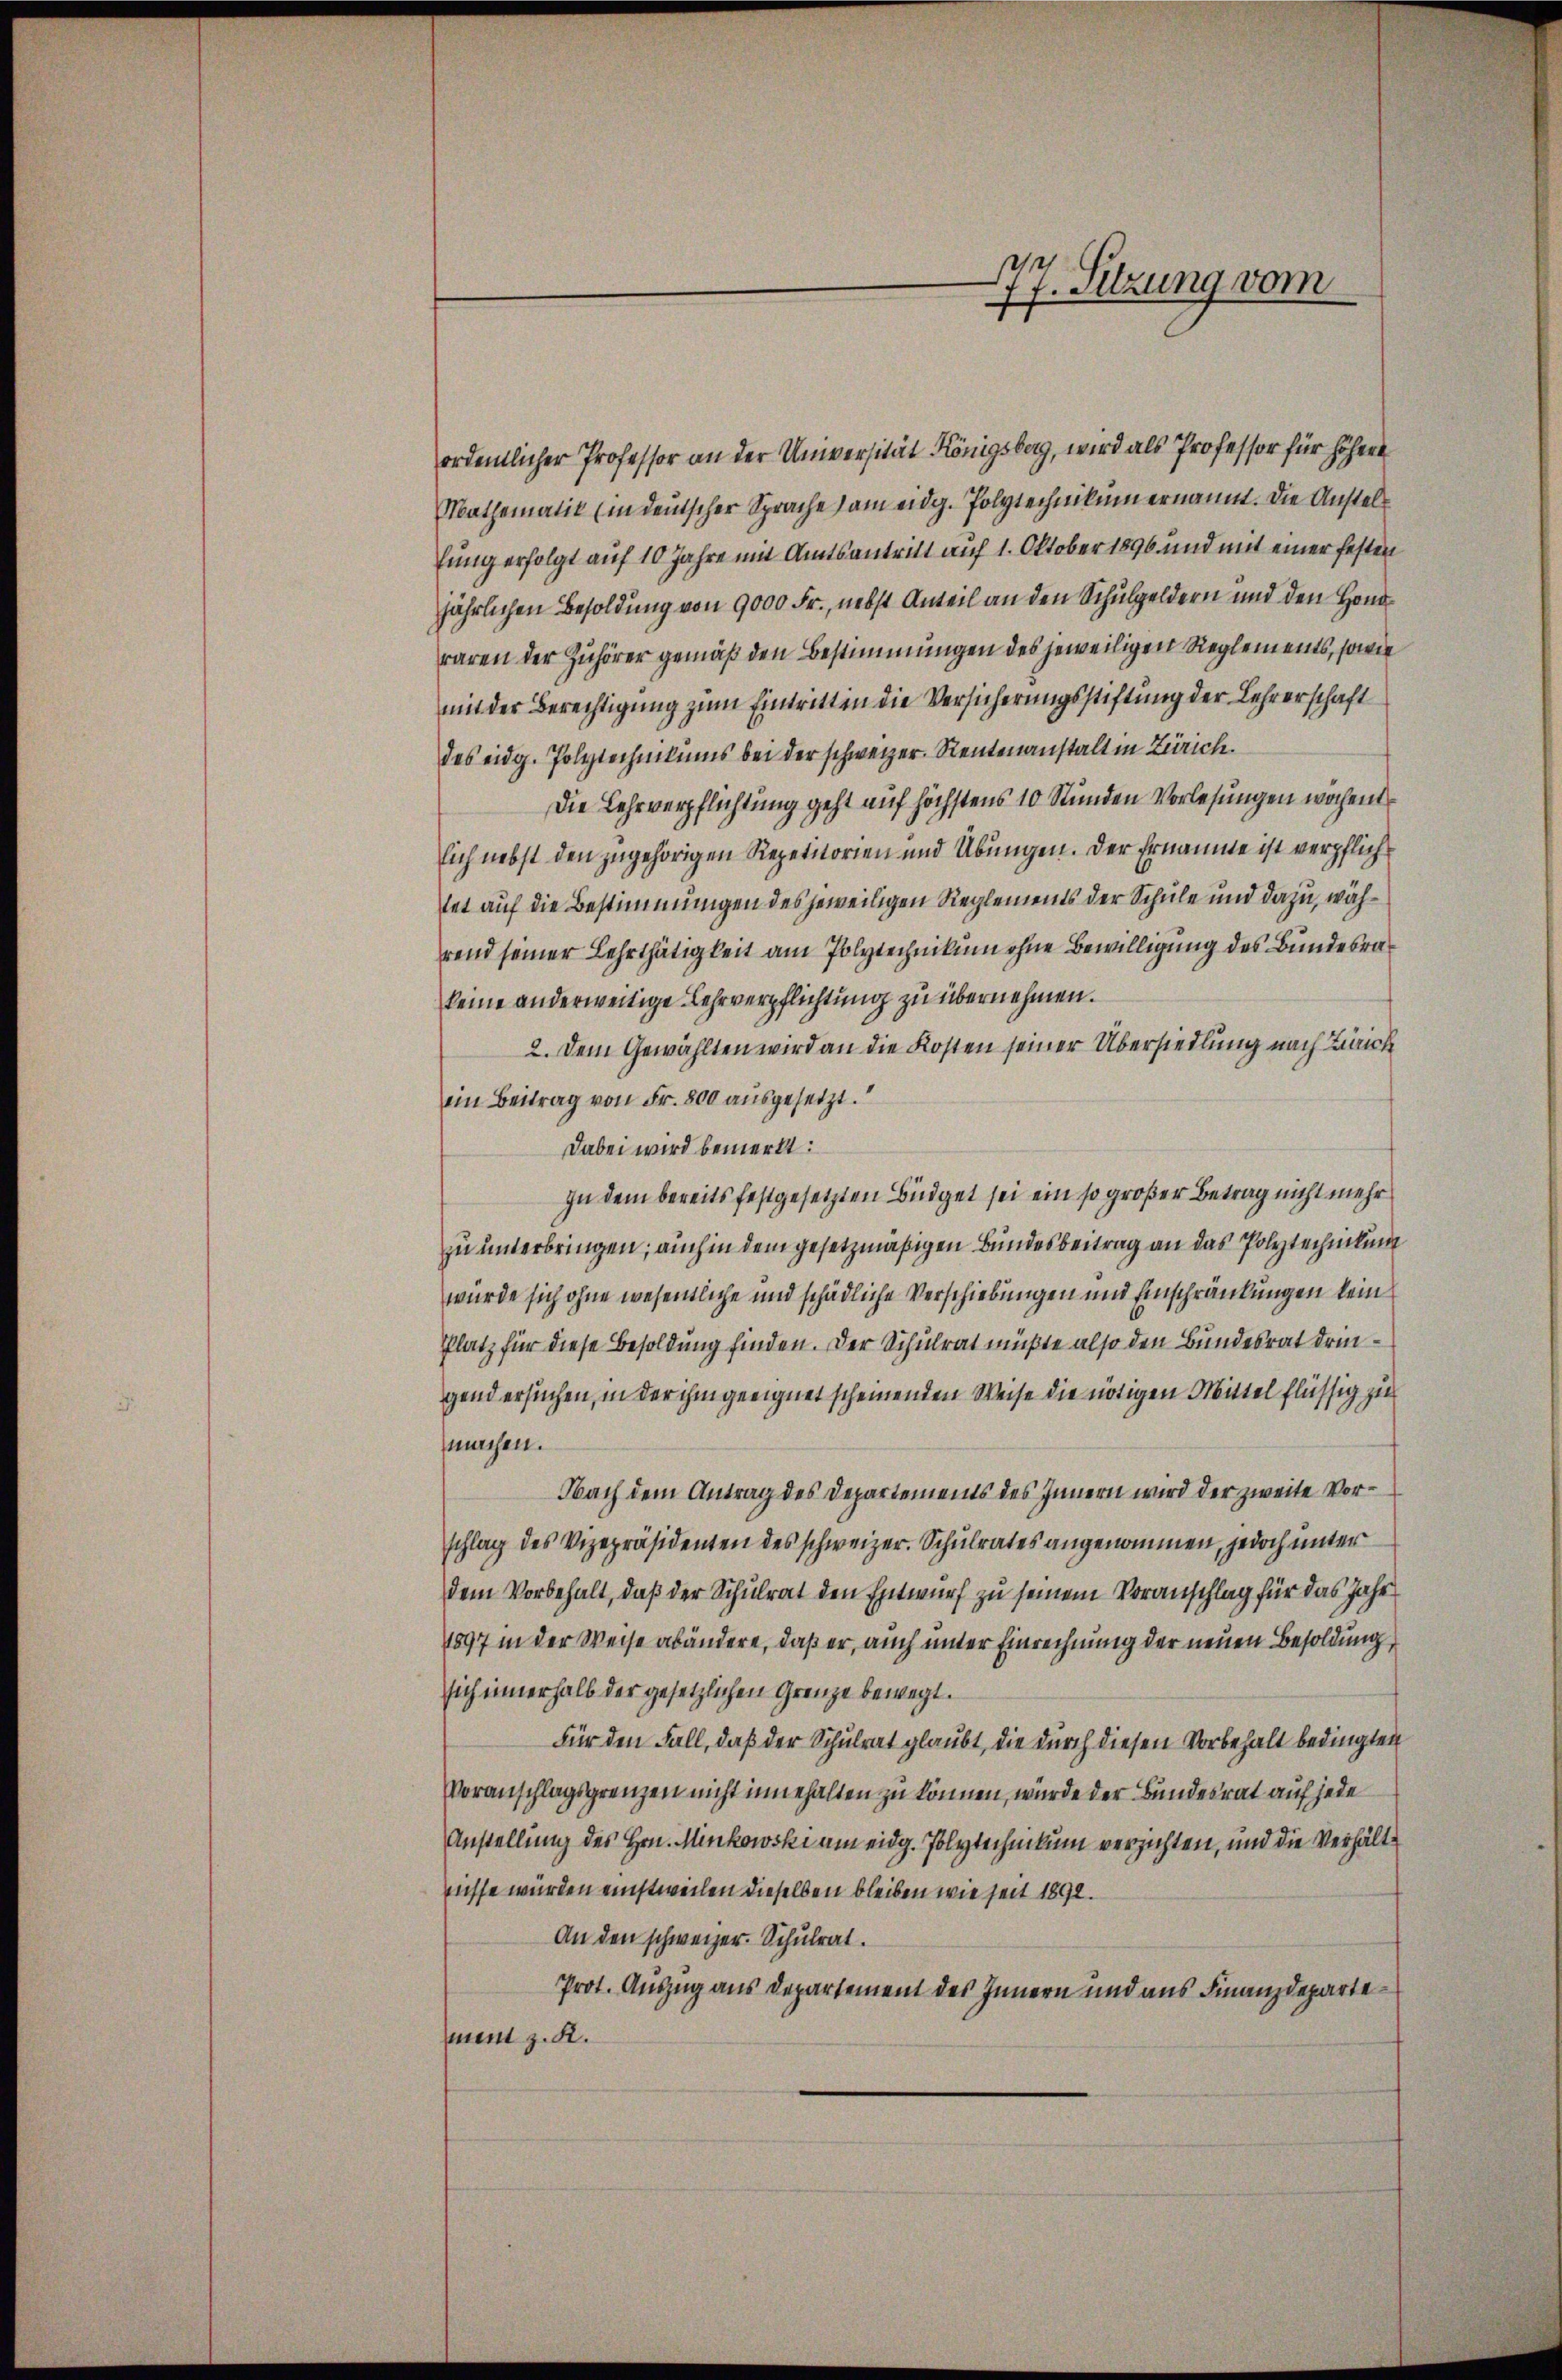
77. Sitzung vom

ordentlicher Professor an der Universität Königsberg, wird als Professor für höhere
Mathematik (in deutscher Sprache am eidg. Polytechnikum ernannt. Die Anstelfung erfolgt auf 10 Jahre mit Amtsantritt auf 1. Oktober 1896 und mit einer festen
jährlichen Besoldung von 9000 Fr., nebst Anteil an den Schulgeldern und den Handraren der Zuhörer gemäß den Bestimmungen des jeweiligen Reglements, sowie
mit der Berechtigung zum Eintritten die Versicherungsstiftung der Lehrerschaft
des eidg. Polytechnikums bei der schweizer. Rentenanstalt in Zürich.
Die Lehrverpflichtung geht auf höchstens 10 Stunden Vorlesungen wöchend
lich nebst den zugehörigen Repetitorien und Übungen. Der Ernäume ist verpflichtet auf die Bestimmungen des jeweiligen Reglements der Schule und dazu, während seiner Lehrthätigkeit am Polytechnikum ohne Bewilligung des Bundesrakeine anderweitige Lehrverpflichtung zu übernehmen.
2. Dem Gewählten wird an die Kosten seiner Übersiedlung nach Zürich
ein Beitrag von Fr. 800 ausgesetzt.
Dabei wird bemerkt:
In dem bereits festgesetzten Büdget sei ein so großer Betrag nicht mehr
zu unterbringen; auch in dem gesetzmäßigen Bundesbeitrag an das Polytechnikung
wurde sich ohne wesentliche und schädliche Verschiebungen und Einschränkungen kein
Platz für diese Besoldung finden. Der Schulrat müßte also den Bundesrat dringend ersuchen, in der ihm geeignet scheinenden Weise die nötigen Mittel flüssig zu
machen.
Nach dem Antrag des Departements des Innern wird der zweite Vorschlag des Vizepräsidenten des schweizer. Schulrates angenommen, jedoch unter
dem Vorbehalt, daß der Schulrat den Entwurf zu seinem Voranschlag für das Jahr
1897 in der Weise abändere, daß er, auch unter Einrechnung der neuen Besoldung
sich innerhalb der gesetzlichen Grenze bewegt.
Für den Fall, daß der Schulrat glaubt, die durch diesen Vorbehalt bedingten
Voranschlagsgrenzen nicht innehalten zu können, wurde der Bundesrat auf jede
Anstellung des Hrn. Minkowski am eidg. Polytechnikum verzichten, und die Verhältnisse würden einstweilen dieselben bleiben wie seit 1892.
An den schweizer. Schulrat.
Prot. Auszug aus Departement des Innern und aus Finanzdeparten z. K.